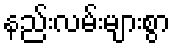
နည်းလမ်းများစွာ